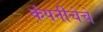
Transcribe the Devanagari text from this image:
कंपनीचेचे